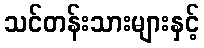
သင်တန်းသားများနှင့်